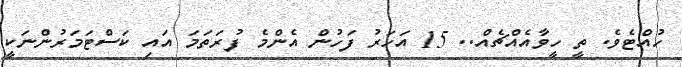
ހުއްޓެވެ. ތީ ހީވާއެއްޗެއް.. 15 އަހަރު ފަހުން އެންމެ ފުރަތަމަ އައި ކަސްޓަމަރުންނަކީ